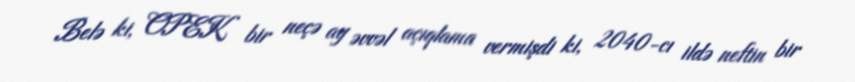
Belə ki, OPEK bir neçə ay əvvəl açıqlama vermişdi ki, 2040-cı ildə neftin bir